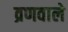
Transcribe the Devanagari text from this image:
व्रणवाले